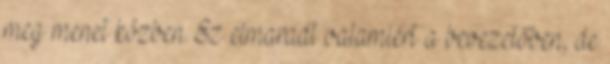
meg menet közben. Ez elmaradt valamiért a bevezetőben, de